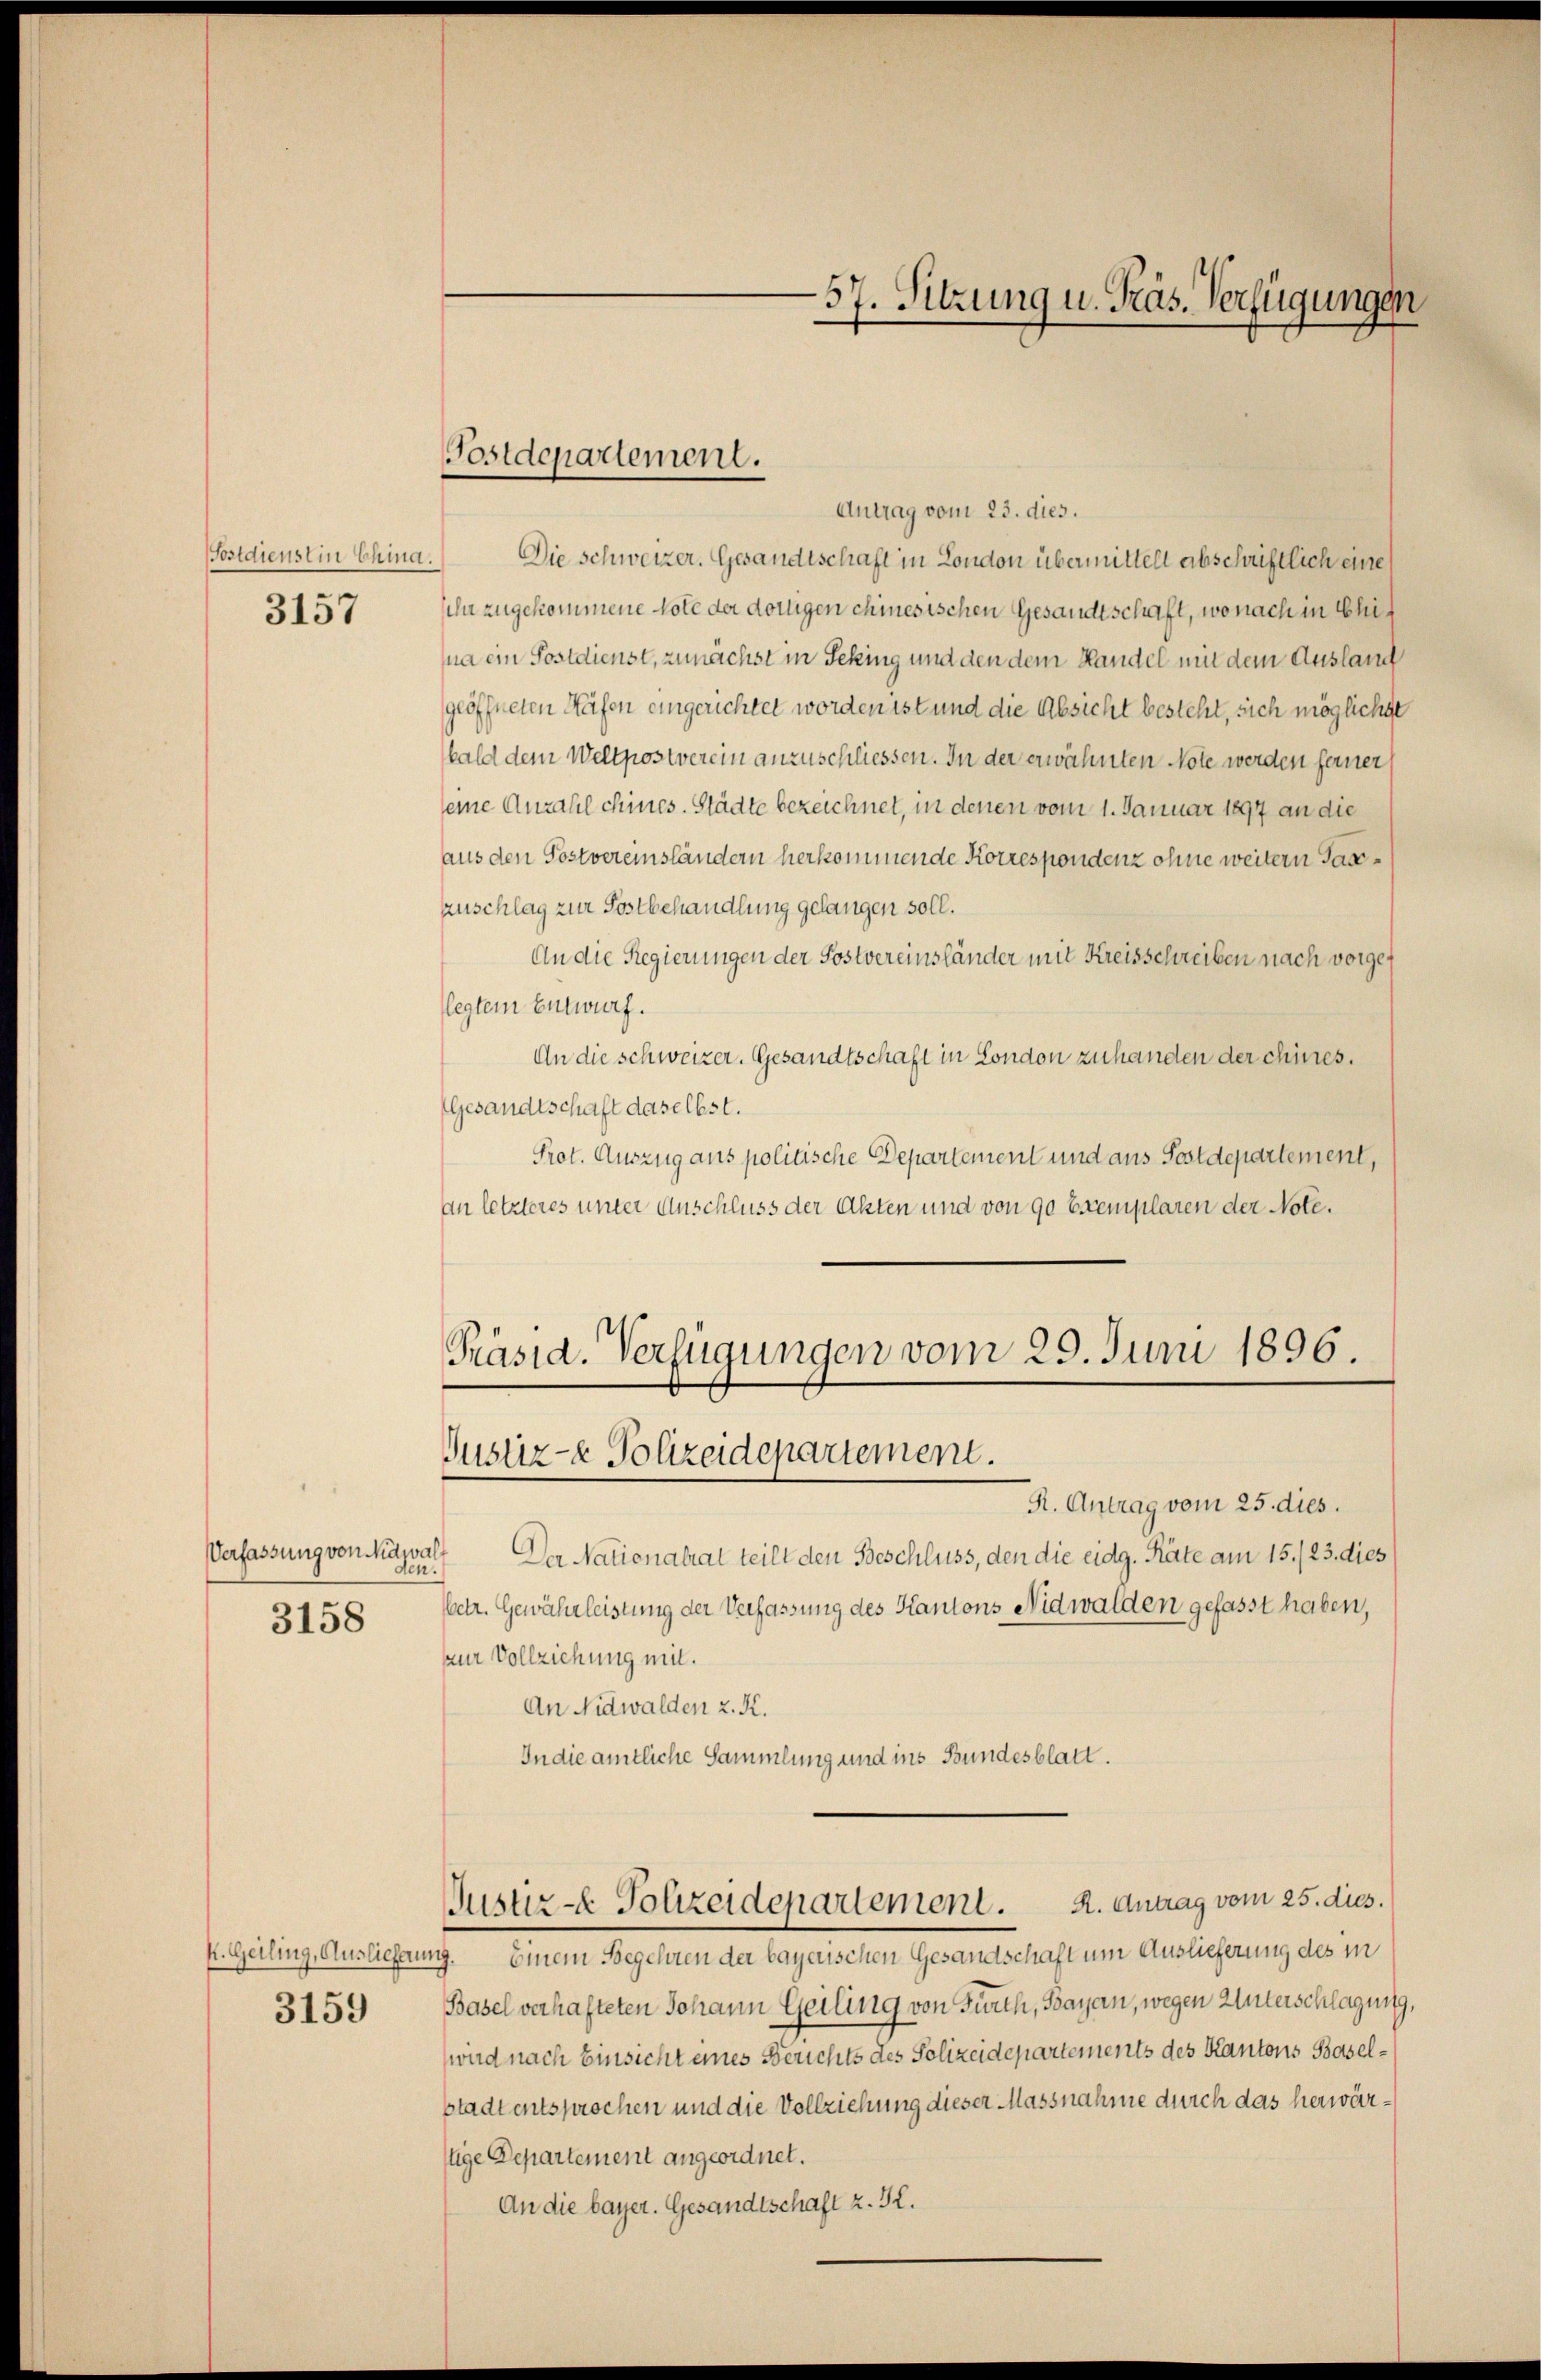
Postdienst in China.

3157

Verfassung von Mawalt
3158

k. Geiling, Ausliefer
3159

Antrag vom 23. dies.
Die Schweizer. Gesandtschaft in London übermittelt abschriftlich eine
ihn zugekommene Note der dortigen chinesischen Gesandtschaft, wonach in China ein Postdienst, zunächst in Seking und den dem Handel mit dem Ausland
geöffneten Hafen eingerichtet worden ist und die Absicht besteht, sich möglichte
bald dem Wellpostverein anzuschliessen. In der erwähnten Note werden ferner
seine Anzahl chines. Städte bezeichnet, in denen vom 1. Januar 1897 an die
aus den Postvereinständern herkommende Korrespondenz ohne weitern Tax¬
Auschlag zur Postbehandlung gelangen soll.
An die Regierungen der Postvereinsländer mit Kreisschreiben nach vorgelegtem Entwurf.
An die schweizer. Gesandtschaft in London zuhanden der chines.
Gesandtschaft daselbst.
Prot. Auszug aus politische Departement und aus Postdepartement,
an letzteres unter Anschluss der Akten und von 90 Exemplaren der Note.

Postdepartement.

-57. Sitzung u. Präs. Verfügungen

Präsid. Verfügungen vom 20. Juni 1896.
Justiz- & Polizeidepartement.

R. Antrag vom 25. dies.
Der Nationalrat teilt den Beschluss, den die eidg. Räte am 15./23. dies
ten.
etr. Gewährleistung der Verfassung des Kantons Nidwalden gefasst haben,
zur Vollziehung mit.
An Nidwalden z. K.
In die amtliche Sammlung und ins Bundesblatt.
Justiz- & Polizeidepartement. A. Antrag vom 25. dies.
ung. Einem Begehren der bayerischen Gesandschaft um Auslieferung des in
Basel verhafteten Johann Geiling von Fürth, Bayern, wegen Unterschlagung,
wird nach Einsicht eines Berichts des Polizeidepartements des Kantons Baselstadt entsprochen und die Vollziehung dieser Massnahme durch das herwärtige Departement angeordnet.
An die bayer. Gesandtschaft z. S.